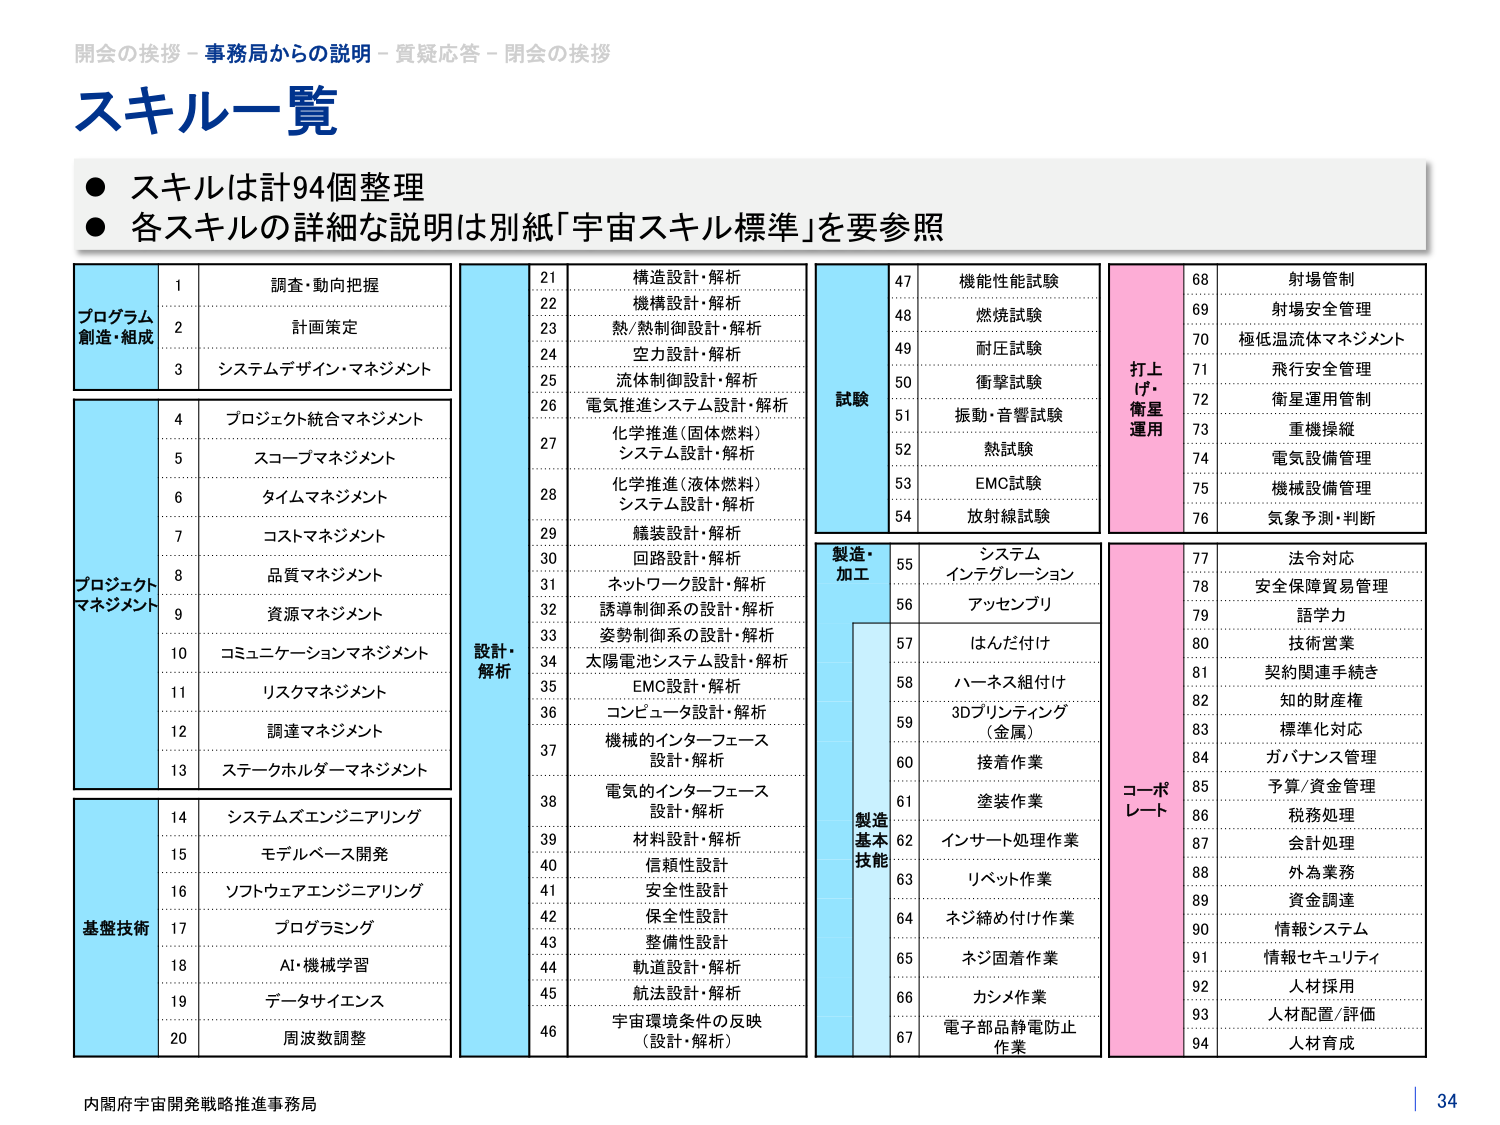
開会の挨拶 - 事務局からの説明 - 質疑応答 - 閉会の挨拶
スキル一覧
● スキルは計94個整理
● 各スキルの詳細な説明は別紙「宇宙スキル標準」を要参照

プログラム
創造・組成
1 調査・動向把握
2 計画策定
3 システムデザイン・マネジメント

プロジェクト
マネジメント
4 プロジェクト統合マネジメント
5 スコープマネジメント
6 タイムマネジメント
7 コストマネジメント
8 品質マネジメント
9 資源マネジメント
10 コミュニケーションマネジメント
11 リスクマネジメント
12 調達マネジメント
13 ステークホルダーマネジメント

基盤技術
14 システムズエンジニアリング
15 モデルベース開発
16 ソフトウェアエンジニアリング
17 プログラミング
18 AI・機械学習
19 データサイエンス
20 周波数調整

設計・
解析
21 構造設計・解析
22 機構設計・解析
23 熱/熱制御設計・解析
24 空力設計・解析
25 流体制御設計・解析
26 電気推進システム設計・解析
27 化学推進（固体燃料）
システム設計・解析
28 化学推進（液体燃料）
システム設計・解析
29 艤装設計・解析
30 回路設計・解析
31 ネットワーク設計・解析
32 誘導制御系の設計・解析
33 姿勢制御系の設計・解析
34 太陽電池システム設計・解析
35 EMC設計・解析
36 コンピュータ設計・解析
37 機械的インターフェース
設計・解析
38 電気的インターフェース
設計・解析
39 材料設計・解析
40 信頼性設計
41 安全性設計
42 保全性設計
43 整備性設計
44 軌道設計・解析
45 航法設計・解析
46 宇宙環境条件の反映
（設計・解析）

試験
47 機能性能試験
48 燃焼試験
49 耐圧試験
50 衝撃試験
51 振動・音響試験
52 熱試験
53 EMC試験
54 放射線試験

製造・
加工
55 システム
インテグレーション
56 アッセンブリ
製造
基本
技能
57 はんだ付け
58 ハーネス組付け
59 3Dプリンティング
（金属）
60 接着作業
61 塗装作業
62 インサート処理作業
63 リベット作業
64 ネジ締め付け作業
65 ネジ固着作業
66 カシメ作業
67 電子部品静電防止
作業

打上げ・
衛星
運用
68 射場管制
69 射場安全管理
70 極低温流体マネジメント
71 飛行安全管理
72 衛星運用管制
73 重機操縦
74 電気設備管理
75 機械設備管理
76 気象予測・判断

コーポレート
77 法令対応
78 安全保障貿易管理
79 語学力
80 技術営業
81 契約関連手続き
82 知的財産権
83 標準化対応
84 ガバナンス管理
85 予算/資金管理
86 税務処理
87 会計処理
88 外為業務
89 資金調達
90 情報システム
91 情報セキュリティ
92 人材採用
93 人材配置/評価
94 人材育成

内閣府宇宙開発戦略推進事務局
34